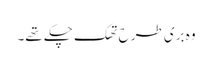
وہ بری طرح تھک چکے تھے۔